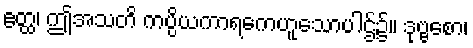
ဧတ္ထ၊ ဤအသတိ ကပ္ပိယကာရကေဟူသောပါဌ်၌။ ဒုဗ္ဗစော၊